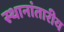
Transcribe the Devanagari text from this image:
स्थानांतारीय